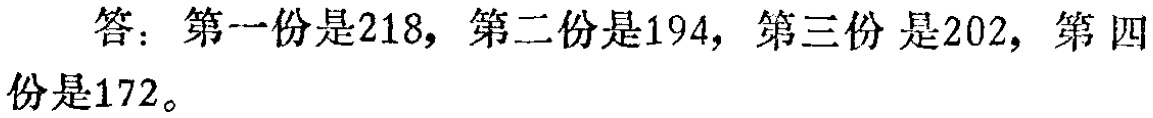
答：第一份是218，第二份是194，第三份是202，第四份是172。